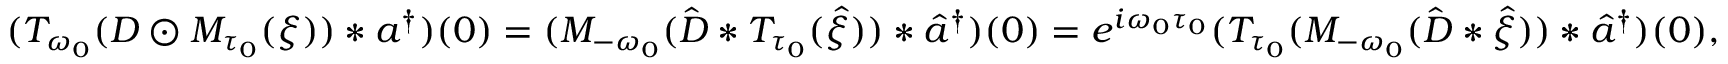
( T _ { \omega _ { 0 } } ( D \odot M _ { \tau _ { 0 } } ( \xi ) ) * a ^ { \dag } ) ( 0 ) = ( M _ { - \omega _ { 0 } } ( \hat { D } * T _ { \tau _ { 0 } } ( \hat { \xi } ) ) * \hat { a } ^ { \dag } ) ( 0 ) = e ^ { i \omega _ { 0 } \tau _ { 0 } } ( T _ { \tau _ { 0 } } ( M _ { - \omega _ { 0 } } ( \hat { D } * \hat { \xi } ) ) * \hat { a } ^ { \dag } ) ( 0 ) ,